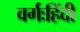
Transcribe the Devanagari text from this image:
वर्गःहिंदी